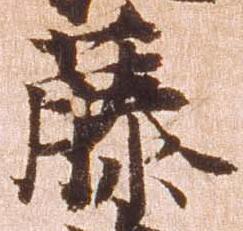
藤